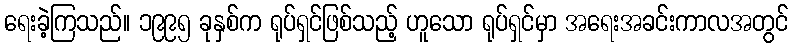
ရေးခဲ့ကြသည်။ ၁၉၉၅ ခုနှစ်က ရုပ်ရှင်ဖြစ်သည့် ဟူသော ရုပ်ရှင်မှာ အရေးအခင်းကာလအတွင်